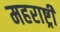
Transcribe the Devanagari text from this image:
महराष्ट्री